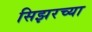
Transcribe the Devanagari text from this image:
सिझरच्या